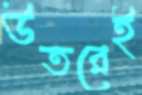
উতরেই